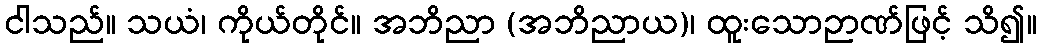
ငါသည်။ သယံ၊ ကိုယ်တိုင်။ အဘိညာ (အဘိညာယ)၊ ထူးသောဉာဏ်ဖြင့် သိ၍။